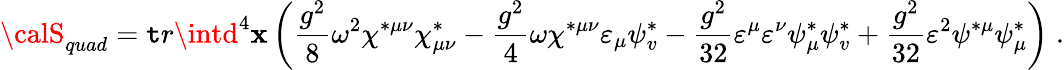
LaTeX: {\calS}_{quad}=\mathtt{t}r\intd^{4}\mathbf{x}\left(\frac{{g^{2}}}{8}\omega^{2}\chi^{*\mu\nu}\chi_{\mu\nu}^{*}-\frac{{g^{2}}}{4}\omega\chi^{*\mu\nu}\varepsilon_{\mu}\psi_{v}^{*}-\frac{{g^{2}}}{{32}}\varepsilon^{\mu}\varepsilon^{\nu}\psi_{\mu}^{*}\psi_{v}^{*}+\frac{{g^{2}}}{{32}}\varepsilon^{2}\psi^{*\mu}\psi_{\mu}^{*}\right)\; .